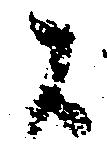
候